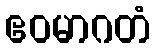
ဧဝမာဂတံ